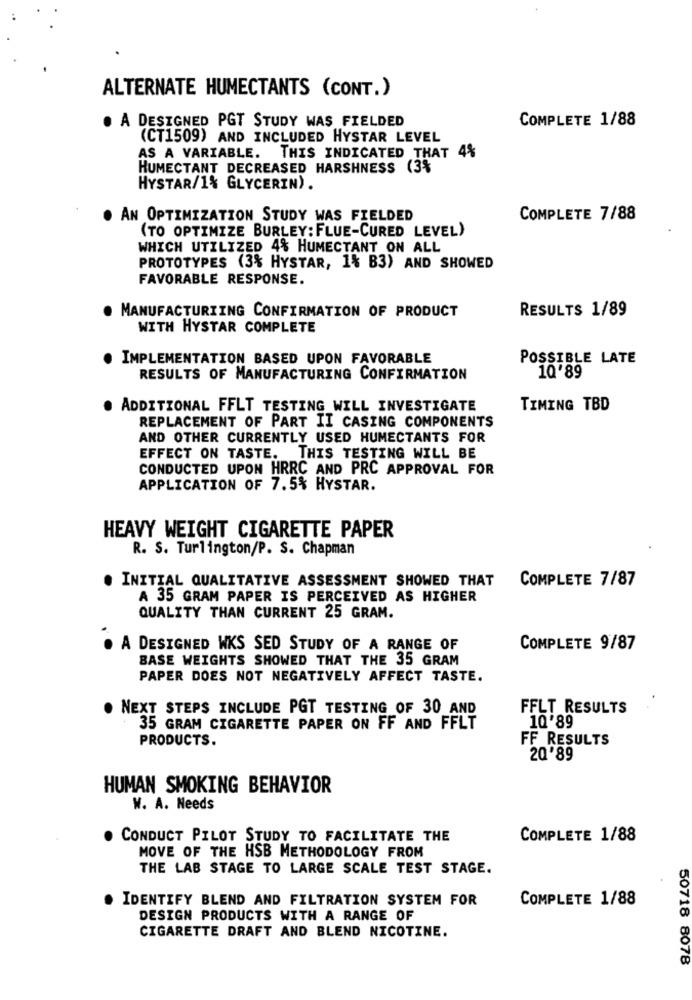
ALTERNATE HUMECTANTS (CONT.)
COMPLETE 1/88
. A DESIGNED PGT STUDY WAS FIELDED
(CT1509) AND INCLUDED HYSTAR LEVEL
AS A VARIABLE. THIS INDICATED THAT 4%
HUMECTANT DECREASED HARSHNESS (3%
HYSTAR/1% GLYCERIN).
. AN OPTIMIZATION STUDY WAS FIELDED
COMPLETE 7/88
(TO OPTIMIZE BURLEY: FLUE-CURED LEVEL)
WHICH UTILIZED 4% HUMECTANT ON ALL
PROTOTYPES (3% HYSTAR, 1% B3) AND SHOWED
FAVORABLE RESPONSE.
. MANUFACTURIING CONFIRMATION OF PRODUCT
RESULTS 1/89
WITH HYSTAR COMPLETE
IMPLEMENTATION BASED UPON FAVORABLE
POSSIBLE LATE
RESULTS OF MANUFACTURING CONFIRMATION
10'89
ADDITIONAL FFLT TESTING WILL INVESTIGATE
TIMING TBD
REPLACEMENT OF PART II CASING COMPONENTS
AND OTHER CURRENTLY USED HUMECTANTS FOR
EFFECT ON TASTE. THIS TESTING WILL BE
CONDUCTED UPON HRRC AND PRC APPROVAL FOR
APPLICATION OF 7.5% HYSTAR.
HEAVY WEIGHT CIGARETTE PAPER
R. S. Turlington/P. S. Chapman
COMPLETE 7/87
. INITIAL QUALITATIVE ASSESSMENT SHOWED THAT
A 35 GRAM PAPER IS PERCEIVED AS HIGHER
QUALITY THAN CURRENT 25 GRAM.
. A DESIGNED WKS SED STUDY OF A RANGE OF
COMPLETE 9/87
BASE WEIGHTS SHOWED THAT THE 35 GRAM
PAPER DOES NOT NEGATIVELY AFFECT TASTE.
. NEXT STEPS INCLUDE PGT TESTING OF 30 AND
FFLT RESULTS
35 GRAM CIGARETTE PAPER ON FF AND FFLT
10'89
PRODUCTS.
FF RESULTS
20 89
HUMAN SMOKING BEHAVIOR
W. A. Needs
CONDUCT PILOT STUDY TO FACILITATE THE
COMPLETE 1/88
MOVE OF THE HSB METHODOLOGY FROM
THE LAB STAGE TO LARGE SCALE TEST STAGE.
IDENTIFY BLEND AND FILTRATION SYSTEM FOR
COMPLETE 1/88
DESIGN PRODUCTS WITH A RANGE OF
CIGARETTE DRAFT AND BLEND NICOTINE.
50718 8078